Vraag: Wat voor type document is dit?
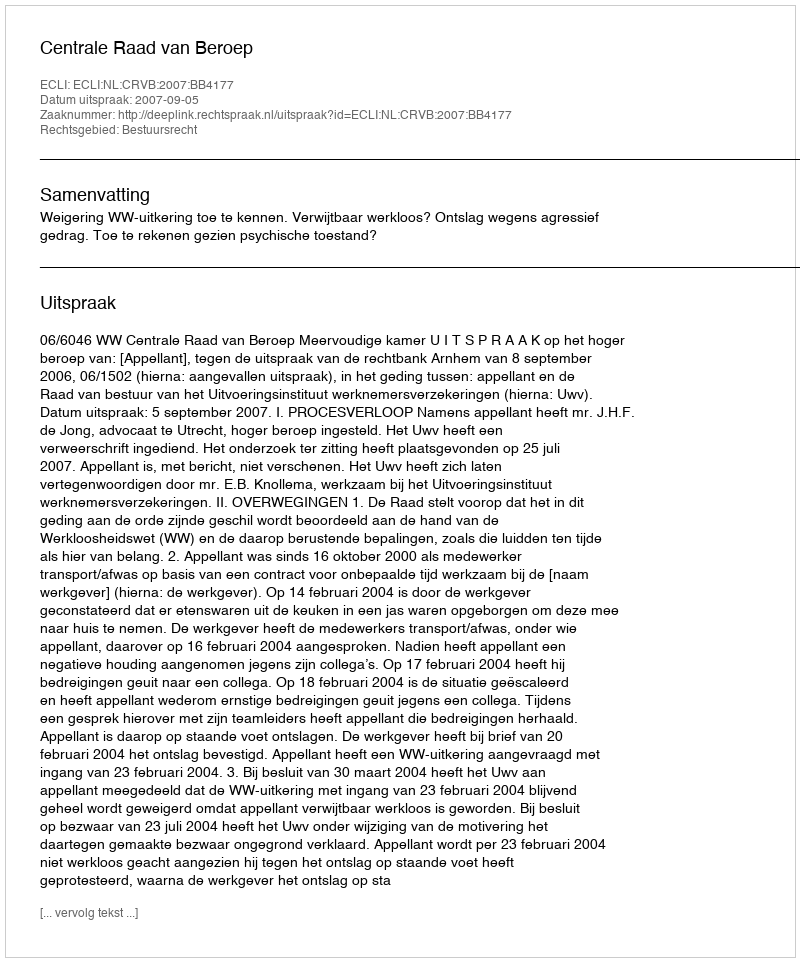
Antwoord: Uitspraak